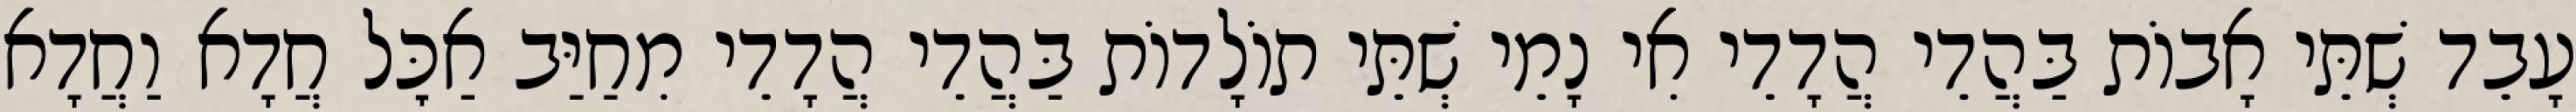
עָבֵד שְׁתֵּי אָבוֹת בַּהֲדֵי הֲדָדֵי אִי נָמֵי שְׁתֵּי תוֹלָדוֹת בַּהֲדֵי הֲדָדֵי מִחַיַּב אַכׇּל חֲדָא וַחֲדָא